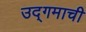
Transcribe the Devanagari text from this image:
उद्‌गमाची